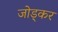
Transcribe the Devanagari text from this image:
जोड्कर